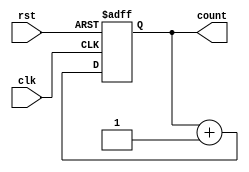
module IncrementalCounter(
    input wire clk,      // Increment Trigger
    input wire rst,      // Reset Signal
    output reg [7:0] count // Current Count Value (8-bit)
);

// Behavioral description of the counter
always @(posedge clk or posedge rst) begin
    if (rst) begin
        count <= 8'b0; // Reset the counter to zero
    end else begin
        count <= count + 1; // Increment the counter
    end
end

endmodule